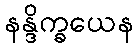
နန္ဒိက္ခယေန